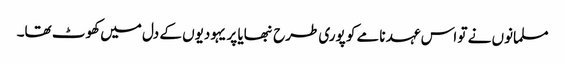
مسلمانوں نے تو اس عہد نامے کو پوری طرح نبھایا پر یہودیوں کے دل میں کھوٹ تھا۔